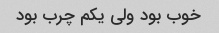
خوب بود ولی یکم چرب بود